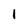
Character: l